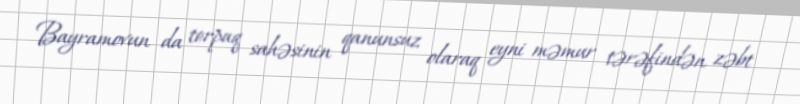
Bayramovun da torpaq sahəsinin qanunsuz olaraq eyni məmur tərəfindən zəbt